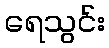
ရေသွင်း